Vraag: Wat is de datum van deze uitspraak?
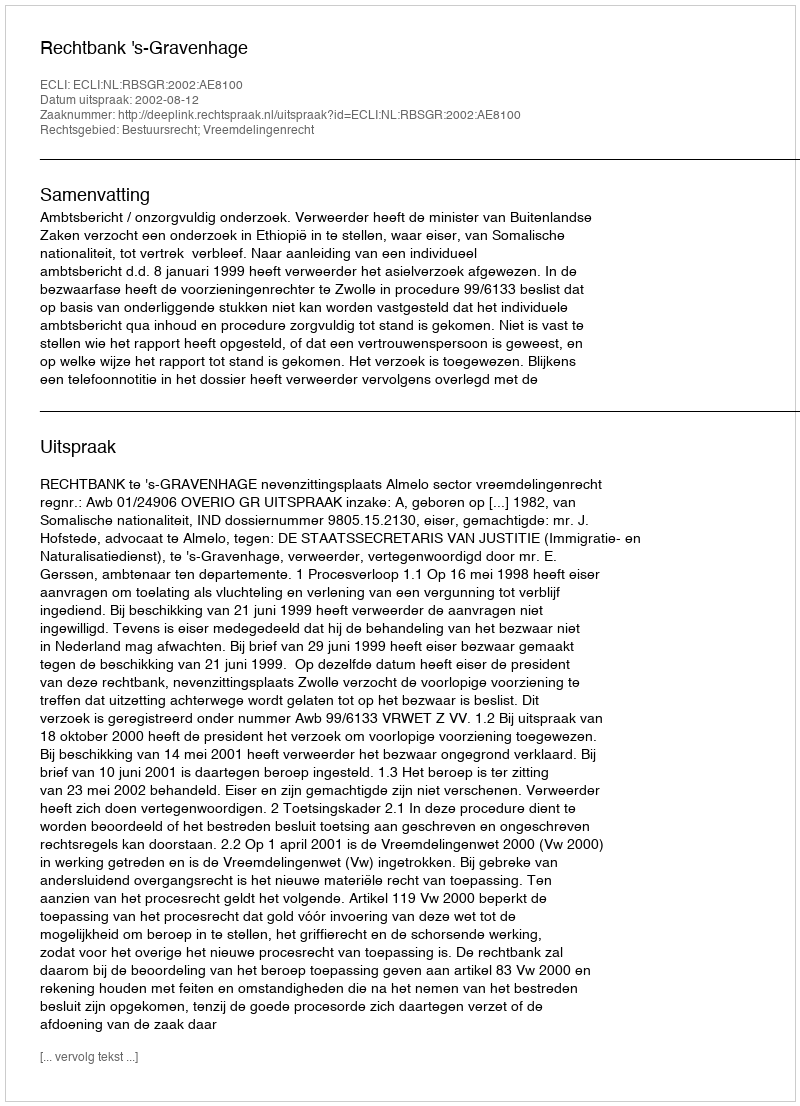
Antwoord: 2002-08-12